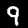
Label: 9